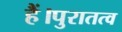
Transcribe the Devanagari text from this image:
हैं।पुरातत्व